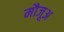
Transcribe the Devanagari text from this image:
मौजूअ